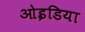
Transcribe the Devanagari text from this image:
ओइडिया